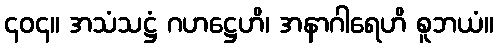
၄၀၄။ အသံသဋ္ဌံ ဂဟဋ္ဌေဟိ၊ အနာဂါရေဟိ စူဘယံ။